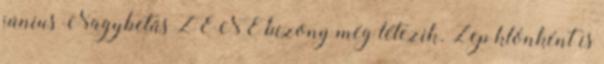
június Nagybetűs ZENE bizony még létezik. Zep klónként is